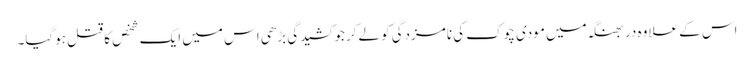
اس کے علاوہ دربھنگہ میں مودی چوک کی نامزدگی کولےکر جو کشیدگی بڑھی اس میں ایک شخص کا قتل ہوگیا۔